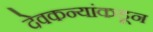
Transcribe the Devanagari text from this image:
देवकन्यांकडून